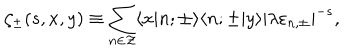
LaTeX: \zeta _ { \pm } ( s , x , y ) \equiv \sum _ { n \in \cal Z } \langle x | n ; { \pm } \rangle \langle n ; { \pm } | y \rangle | \lambda \varepsilon _ { n , \pm } | ^ { - s } ,